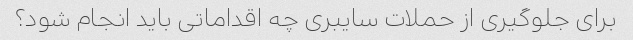
برای جلوگیری از حملات سایبری چه اقداماتی باید انجام شود؟